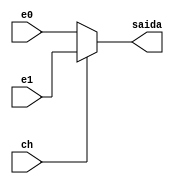
module mux2_5
(e0,e1,ch,saida);

input [4:0] e0, e1;
input ch;
output reg [4:0] saida;

always @(*)
begin
	if(ch == 1'b0)
		begin
		saida = e0;
		end
	else
		begin
		saida = e1;
		end
end
endmodule